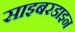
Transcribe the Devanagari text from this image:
साइबरडाइन